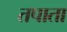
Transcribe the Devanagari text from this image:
तपाता